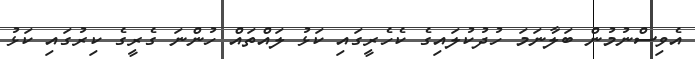
އެވިސްނުމުން ބަލާނަމަ ހުދުކުލައިގެ ކެހެރީގައި ކަޅު ލައްތައް ހުންނަ ގެރީގެ ކިރުގައި ކަޅު